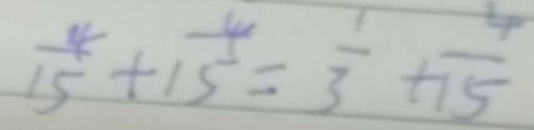
\frac { 4 } { 1 5 } + \frac { 4 } { 1 5 } = \frac { 1 } { 3 } + \frac { 4 } { 1 5 }